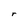
Character: r